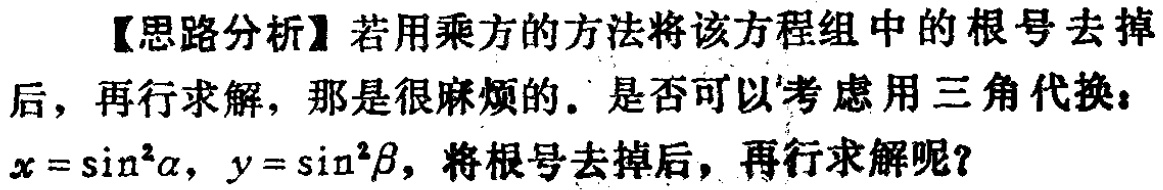
【思路分析】若用乘方的方法将该方程组中的根号去掉

后，再行求解，那是很麻烦的。是否可以考虑用三角代换：

\(x = \sin^{2}\alpha,\ y = \sin^{2}\beta\)，将根号去掉后，再行求解呢？